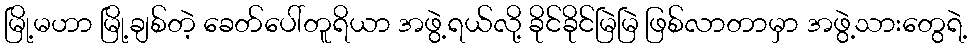
မြို့မဟာ မြို့ချစ်တဲ့ ခေတ်ပေါ်တူရိယာ အဖွဲ့ရယ်လို့ ခိုင်ခိုင်မြဲမြဲ ဖြစ်လာတာမှာ အဖွဲ့သားတွေရဲ့